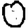
Digit: 0